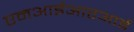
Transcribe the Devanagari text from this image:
एमआईआरआई